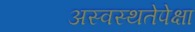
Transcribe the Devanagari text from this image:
अस्वस्थतेपेक्षा